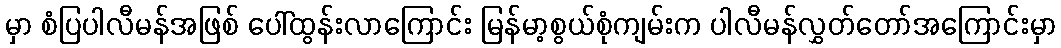
မှာ စံပြပါလီမန်အဖြစ် ပေါ်ထွန်းလာကြောင်း မြန်မာ့စွယ်စုံကျမ်းက ပါလီမန်လွှတ်တော်အကြောင်းမှာ